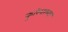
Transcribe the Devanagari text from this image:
कुरियरच्या